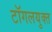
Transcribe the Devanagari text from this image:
टॉगलयुक्त